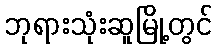
ဘုရားသုံးဆူမြို့တွင်